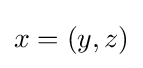
x=\left(y,z\right)